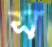
স